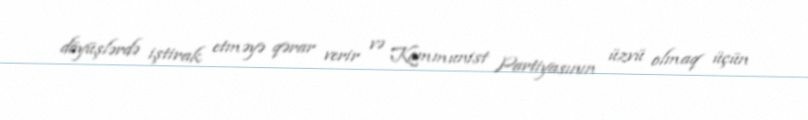
döyüşlərdə iştirak etməyə qərar verir və Kommunist Partiyasının üzvü olmaq üçün